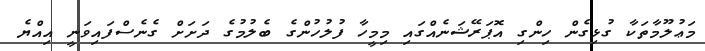
މަޢުލޫމާތަކާ ގުޅިގެން ހިންގި އޮޕަރޭޝަނެއްގައި މިމީހާ ފުލުހުންގެ ބެލުމުގެ ދަށަށް ގެނެސްފައިވަނީ އިއްޔެ